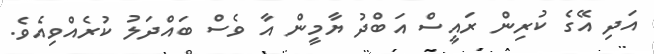
އަދި އޭގެ ކުރިން ރައީސް އަބްދު ޔާމީން އާ ވެސް ބައްދަލު ކުރެއްވިއެވެ.